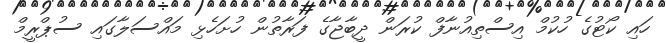
ހައި ކޯޓުގެ ހުކުމް އިސްތިއުނާފް ކުރަން ދީބާޖާގެ ފަރާތުން ހުށަހެޅި މައްސަލާގައި ސުޕްރީމް